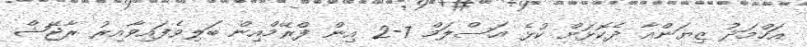
އަހްމަދު ޒިޔަންއާ ދެކޮޅަށް ކުޅެ އަސްލަމް 7-2 އިން ފްރޭމްއިން ބަލިވެފައިވާއިރު ރާޖޭޝް